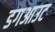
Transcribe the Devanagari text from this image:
डगआउट